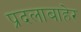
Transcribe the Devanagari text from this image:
प्रदलाबाहेर